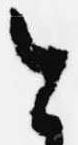
今